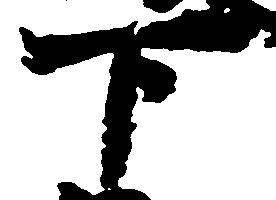
下